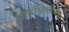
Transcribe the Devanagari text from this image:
बोरीवलीचा